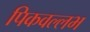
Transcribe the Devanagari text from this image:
पिकवल्लभ